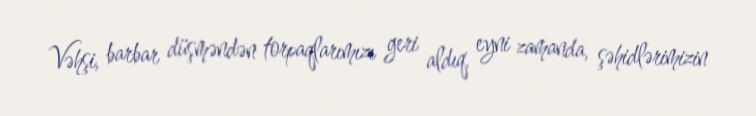
Vəhşi, barbar düşməndən torpaqlarımızı geri aldıq, eyni zamanda, şəhidlərimizin